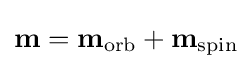
\mathbf {m} =\mathbf {m} _{\rm {orb}}+\mathbf {m} _{\rm {spin}}